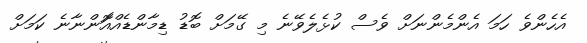
އެހެންވެ ހަމަ އެންމެންނަށް ވެސް ކުޅެލެވޭނެ މި ގޭމަށް ބޮޑު ޑިމާންޑެއްއަޮންނާނެ ކަމަށް